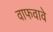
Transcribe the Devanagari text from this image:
वाफवावे